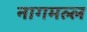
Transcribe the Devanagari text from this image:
नागमल्ल